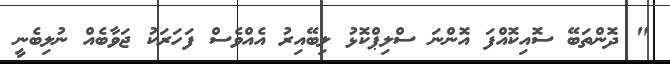
" ދޮންތަބޭ ސޮއިކޮއްފަ އޮންނަ ސްލިޕްކޮޅު ލިބޭއިރު އެއްވެސް ފަހަރަކު ޖަވާބެއް ނުލިބެނީ